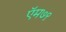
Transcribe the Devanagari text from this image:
ऍम७९